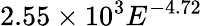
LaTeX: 2.55\times 10^{3}E^{-4.72}